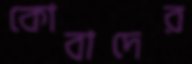
কোবাদের